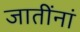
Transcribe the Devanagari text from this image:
जातींनां